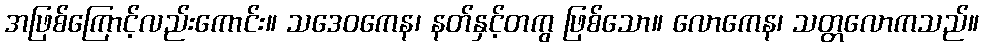
အဖြစ်ကြောင့်လည်းကောင်း။ သဒေဝကေန၊ နတ်နှင့်တကွ ဖြစ်သော။ လောကေန၊ သတ္တလောကသည်။